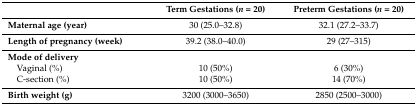
|  | Term Gestations (n = 20) | Preterm Gestations (n = 20) |
 | --- | --- | --- |
 | Maternal age (year) | 30 (25.0–32.8) | 32.1 (27.2–33.7) |
 | Length of pregnancy (week) | 39.2 (38.0–40.0) | 29 (27–315) |
 | <COLSPAN=3> Mode of delivery |
 | Vaginal (%) | 10 (50%) | 6 (30%) |
 | C-section (%) | 10 (50%) | 14 (70%) |
 | Birth weight (g) | 3200 (3000–3650) | 2850 (2500–3000) |